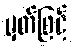
မှတ်ဖြင့်